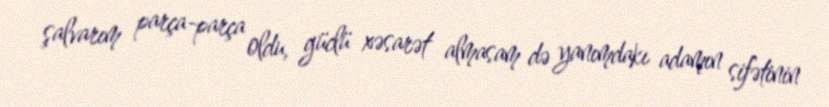
şalvarım parça-parça oldu, güclü xəsarət almasam də yanımdakı adamın sifətinin